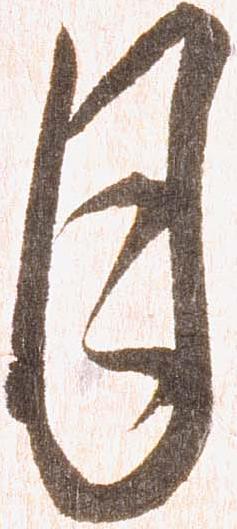
月